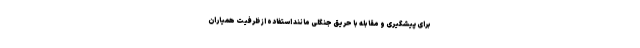
برای ‌پیشگیری و مقابله با حریق جنگلی مانند استفاده از ظرفیت همیاران